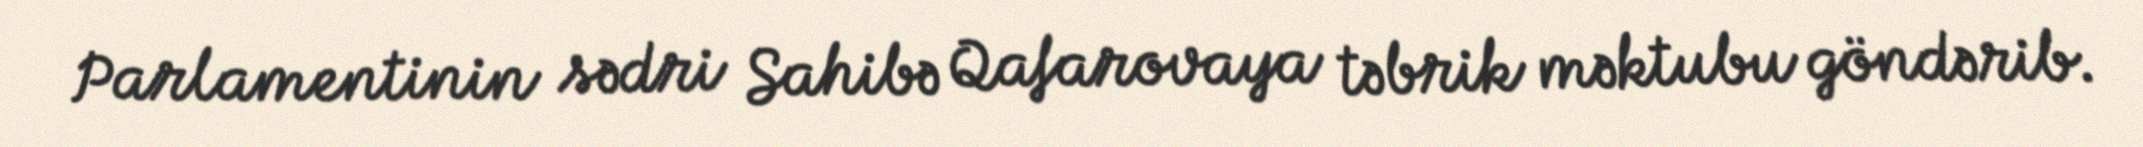
Parlamentinin sədri Sahibə Qafarovaya təbrik məktubu göndərib.